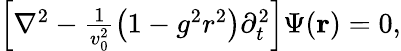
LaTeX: \begin{array}{r}{\left[\nabla^{2}-\frac{1}{v_{0}^{2}}\left(1-g^{2}r^{2}\right)\partial_{t}^{2}\right]\Psi({\mathbf r})=0,}\end{array}